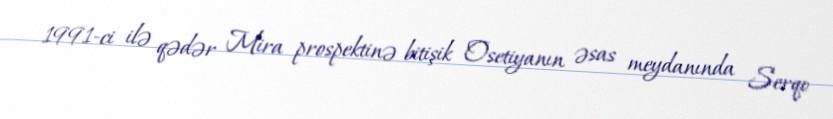
1991-ci ilə qədər Mira prospektinə bitişik Osetiyanın əsas meydanında Serqo